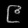
Digit: ၉